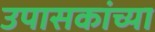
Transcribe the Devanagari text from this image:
उपासकांच्या